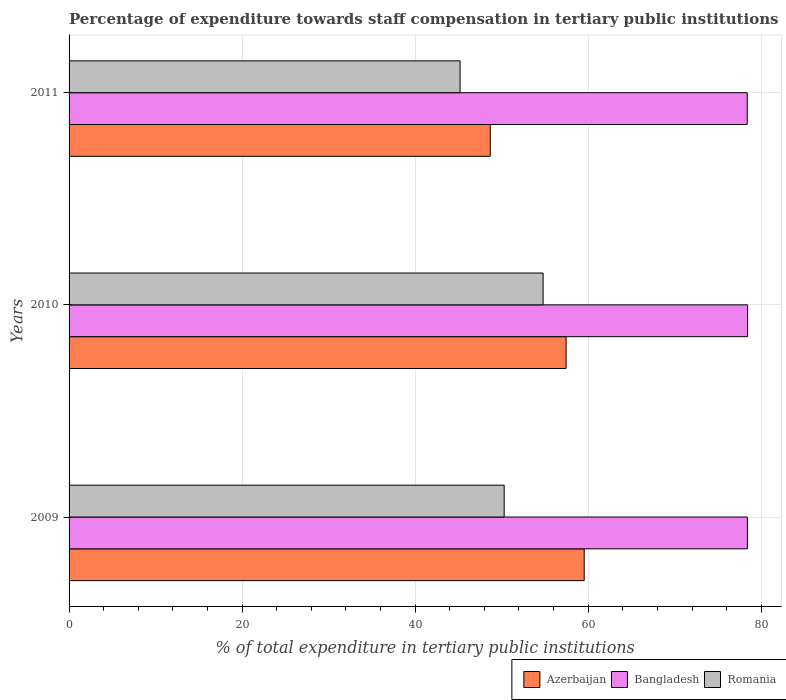
| Years | Azerbaijan | Bangladesh | Romania |
 | --- | --- | --- | --- |
 | 2009 | 59.5 | 78.4 | 50.3 |
 | 2010 | 57.4 | 78.4 | 54.8 |
 | 2011 | 48.7 | 78.4 | 45.2 |